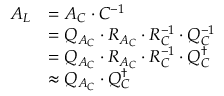
\begin{array} { r l } { A _ { L } } & { = A _ { C } \cdot C ^ { - 1 } } \\ & { = Q _ { A _ { C } } \cdot R _ { A _ { C } } \cdot R _ { C } ^ { - 1 } \cdot Q _ { C } ^ { - 1 } } \\ & { = Q _ { A _ { C } } \cdot R _ { A _ { C } } \cdot R _ { C } ^ { - 1 } \cdot Q _ { C } ^ { \dagger } } \\ & { \approx Q _ { A _ { C } } \cdot Q _ { C } ^ { \dagger } } \end{array}